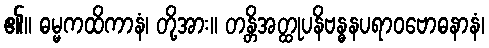
၏။ ဓမ္မကထိကာနံ၊ တို့အား။ တန္တိအတ္ထုပနိဗန္ဓနပရာဝဗောဓနာနံ၊